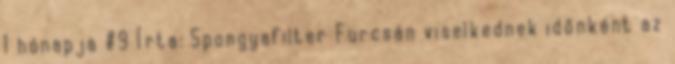
1 hónapja #9 Írta: Spongyafilter Furcsán viselkednek időnként az